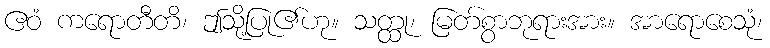
ဧဝံ ကရောတီတိ၊ ဤသို့ပြု၏ဟု။ သတ္ထု၊ မြတ်စွာဘုရားအား။ အာရောစေသုံ၊